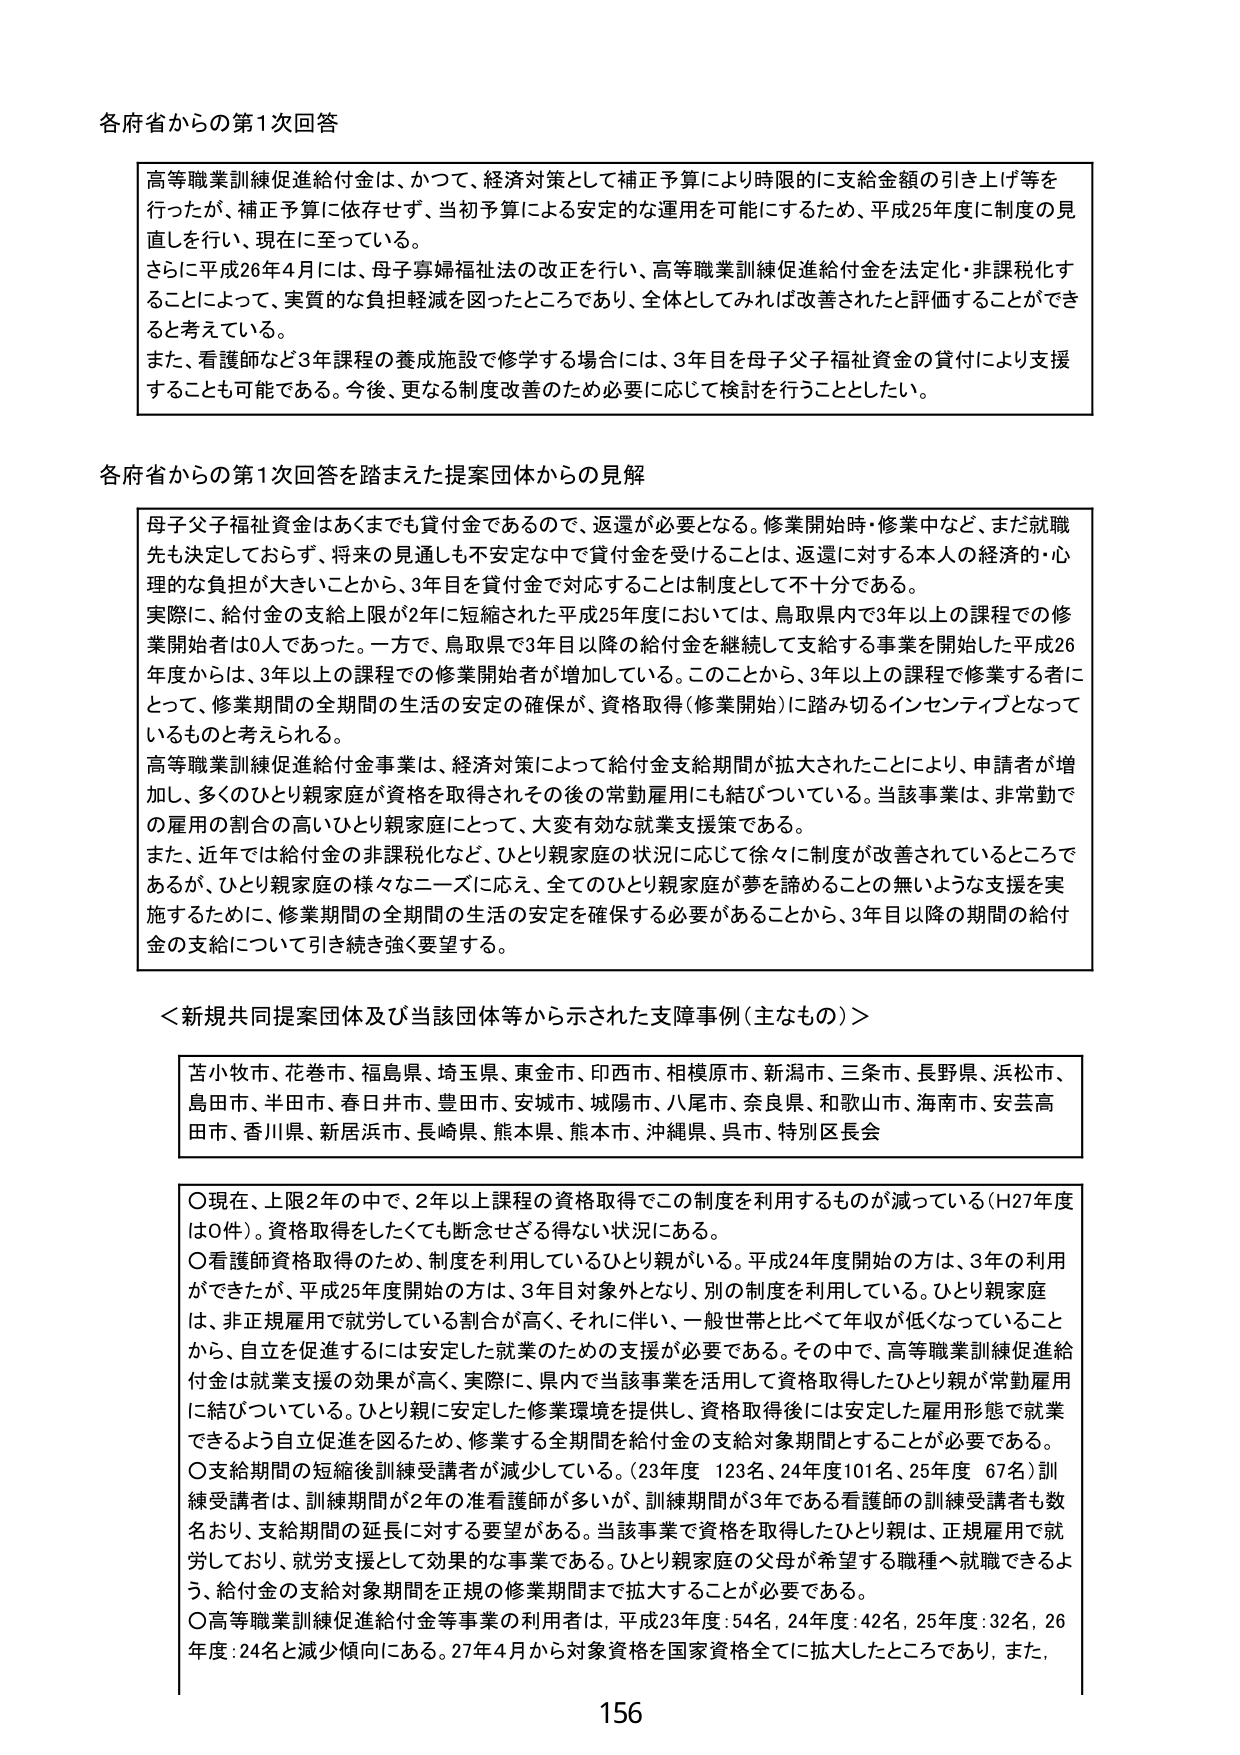
各府省からの第1次回答

高等職業訓練促進給付金は、かつて、経済対策として補正予算により時限的に支給金額の引き上げ等を行ったが、補正予算に依存せず、当初予算による安定的な運用を可能にするため、平成25年度に制度の見直しを行い、現在に至っている。
さらに平成26年4月には、母子寡婦福祉法の改正を行い、高等職業訓練促進給付金を法定化・非課税化することによって、実質的な負担軽減を図ったところであり、全体としてみれば改善されたと評価することができると考えている。
また、看護師など3年課程の養成施設で修学する場合には、3年目を母子父子福祉資金の貸付により支援することも可能である。今後、更なる制度改善のため必要に応じて検討を行うこととしたい。

各府省からの第1次回答を踏まえた提案団体からの見解

母子父子福祉資金はあくまでも貸付金であるので、返還が必要となる。修業開始時・修業中など、まだ就職先も決定しておらず、将来の見通しも不安定な中で貸付金を受けることは、返還に対する本人の経済的・心理的な負担が大きいことから、3年目を貸付金で対応することは制度として不十分である。
実際に、給付金の支給上限が2年に短縮された平成25年度においては、鳥取県内で3年以上の課程での修業開始者は0人であった。一方で、鳥取県で3年目以降の給付金を継続して支給する事業を開始した平成26年度からは、3年以上の課程での修業開始者が増加している。このことから、3年以上の課程で修業する者にとって、修業期間の全期間の生活の安定の確保が、資格取得（修業開始）に踏み切るインセンティブとなっているものと考えられる。
高等職業訓練促進給付金事業は、経済対策によって給付金支給期間が拡大されたことにより、申請者が増加し、多くのひとり親家庭が資格を取得されその後の常勤雇用にも結びついている。当該事業は、非常勤での雇用の割合の高いひとり親家庭にとって、大変有効な就業支援策である。
また、近年では給付金の非課税化など、ひとり親家庭の状況に応じて徐々に制度が改善されているところであるが、ひとり親家庭の様々なニーズに応え、全てのひとり親家庭が夢を諦めることの無いような支援を実施するために、修業期間の全期間の生活の安定を確保する必要があることから、3年目以降の期間の給付金の支給について引き続き強く要望する。

＜新規共同提案団体及び当該団体等から示された支障事例（主なもの）＞

苫小牧市、花巻市、福島県、埼玉県、東金市、印西市、相模原市、新潟市、三条市、長野県、浜松市、島田市、半田市、春日井市、豊田市、安城市、城陽市、八尾市、奈良県、和歌山市、海南市、安芸高田市、香川県、新居浜市、長崎県、熊本県、熊本市、沖縄県、呉市、特別区長会

○現在、上限2年の中で、2年以上課程の資格取得でこの制度を利用するものが減っている（H27年度は0件）。資格取得をしたくても断念せざる得ない状況にある。
○看護師資格取得のため、制度を利用しているひとり親がいる。平成24年度開始の方は、3年の利用ができたが、平成25年度開始の方は、3年目対象外となり、別の制度を利用している。ひとり親家庭は、非正規雇用で就労している割合が高く、それに伴い、一般世帯と比べて年収が低くなっていることから、自立を促進するには安定した就業のための支援が必要である。その中で、高等職業訓練促進給付金は就業支援の効果が高く、実際に、県内で当該事業を活用して資格取得したひとり親が常勤雇用に結びついている。ひとり親に安定した修業環境を提供し、資格取得後には安定した雇用形態で就業できるよう自立促進を図るため、修業する全期間を給付金の支給対象期間とすることが必要である。
○支給期間の短縮後訓練受講者が減少している。（23年度 123名、24年度101名、25年度 67名）訓練受講者は、訓練期間が2年の准看護師が多いが、訓練期間が3年である看護師の訓練受講者も数名おり、支給期間の延長に対する要望がある。当該事業で資格を取得したひとり親は、正規雇用で就労しており、就労支援として効果的な事業である。ひとり親家庭の父母が希望する職種へ就職できるよう、給付金の支給対象期間を正規の修業期間まで拡大することが必要である。
○高等職業訓練促進給付金等事業の利用者は、平成23年度：54名、24年度：42名、25年度：32名、26年度：24名と減少傾向にある。27年4月から対象資格を国家資格全てに拡大したところであり、また、

156